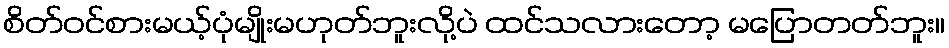
စိတ်ဝင်စားမယ့်ပုံမျိုးမဟုတ်ဘူးလို့ပဲ ထင်သလားတော့ မပြောတတ်ဘူး။